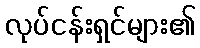
လုပ်ငန်းရှင်များ၏